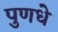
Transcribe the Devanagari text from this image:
पुणधे